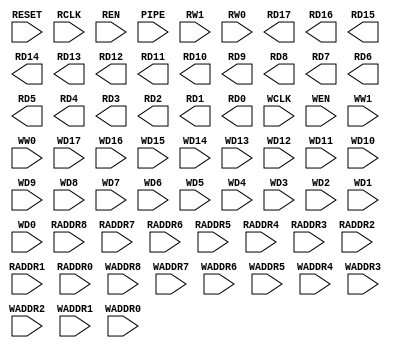
module RAM512X18(
    RESET,
    RCLK, REN,
    PIPE, RW1, RW0,
    RADDR8, RADDR7, RADDR6, RADDR5, RADDR4, RADDR3, RADDR2, RADDR1, RADDR0,
    RD17, RD16, RD15, RD14, RD13, RD12, RD11, RD10, RD9, RD8, RD7,RD6, RD5, RD4, RD3, RD2, RD1, RD0,
    WCLK, WEN,
    WW1, WW0,
    WADDR8,WADDR7,WADDR6,WADDR5, WADDR4,WADDR3,WADDR2,WADDR1,WADDR0,
    WD17, WD16, WD15, WD14, WD13, WD12, WD11, WD10, WD9, WD8, WD7,WD6, WD5, WD4, WD3, WD2, WD1, WD0
    
  );
  input  RESET;
  input  RCLK, REN;
  input  PIPE, RW1, RW0;
  input  RADDR8, RADDR7, RADDR6, RADDR5, RADDR4, RADDR3, RADDR2, RADDR1, RADDR0;
  output RD17, RD16, RD15, RD14, RD13, RD12, RD11, RD10, RD9, RD8, RD7,RD6, RD5, RD4, RD3, RD2, RD1, RD0;
  input  WCLK, WEN;
  input  WW1, WW0;
  input  WADDR8,WADDR7,WADDR6,WADDR5, WADDR4,WADDR3,WADDR2,WADDR1,WADDR0;
  input  WD17, WD16, WD15, WD14, WD13, WD12, WD11, WD10, WD9, WD8, WD7,WD6, WD5, WD4, WD3, WD2, WD1, WD0;
endmodule